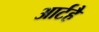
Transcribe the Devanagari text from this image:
आर्टहै